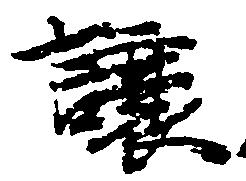
譲